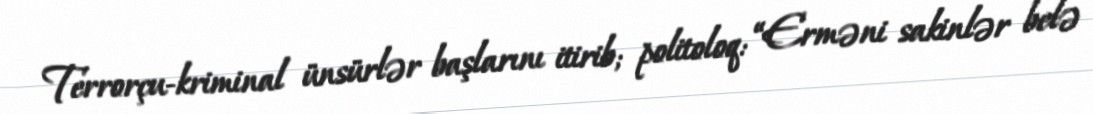
Terrorçu-kriminal ünsürlər başlarını itirib; politoloq: “Erməni sakinlər belə